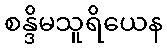
စန္ဒိမသူရိယေန